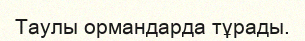
Таулы ормандарда тұрады.